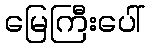
မြေကြီးပေါ်